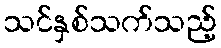
သင်နှစ်သက်သည့်